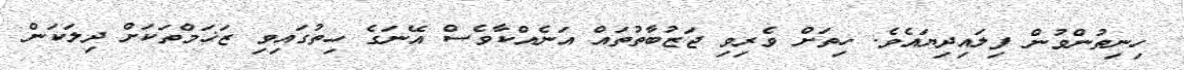
ހިނިތުންވުން ފިލައިދިޔައެވެ. ހިތަށް ވެރިވި ޖަޒުބާތުތައް އަނެއްކާވެސް އޭނަގެ ހިތުގައިވި ޒަޚަމްތަކަށް ދިލަކަން